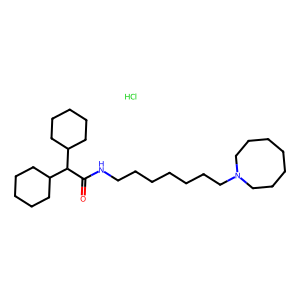
SMILES: Cl.O=C(NCCCCCCCN1CCCCCCC1)C(C1CCCCC1)C1CCCCC1
Inhibits HIV replication: No